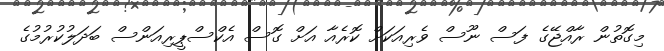
މިގޮތުން ރާއްޖޭގެ ފަސް ނޫސް ވެރިއަކަށް ކޮރެއާ އަށް ގޮސް އެކްސްޕީރިއަންސް ބަދަލުކުރުމުގެ